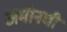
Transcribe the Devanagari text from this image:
अमीनची